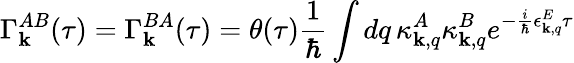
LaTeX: \Gamma_{\mathbf k}^{AB}(\tau)=\Gamma_{\mathbf k}^{BA}(\tau)=\theta(\tau)\frac{1}{\hbar}\int dq\, \kappa_{{\mathbf k},q}^{A}\kappa_{{\mathbf k},q}^{B}e^{-\frac{i}{\hbar}\epsilon_{{\mathbf k},q}^{E}\tau}